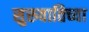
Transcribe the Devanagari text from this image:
सुरुवातिच्या